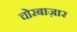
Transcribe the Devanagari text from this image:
चोरबाज़ार